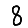
Digit: 8